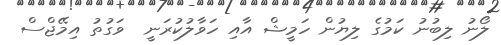
ލޯނު ލިބުނު ކަމުގެ ލިޔުން ހަމީޝް އާއި ހަވާލުކުރަނީ  ވަގުތު އިމޭޖްސް